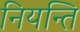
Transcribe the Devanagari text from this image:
नियन्ति